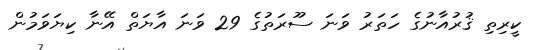
ކީރިތި ޤުރުއާނުގެ ހަތަރު ވަނަ ސޫރަތުގެ 29 ވަނަ އާޔަތް އޭނާ ކިޔަވަމުން